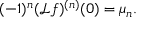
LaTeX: ( - 1 ) ^ { n } ( { \mathcal { L } } f ) ^ { ( n ) } ( 0 ) = \mu _ { n } .